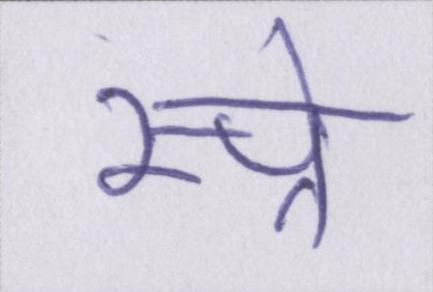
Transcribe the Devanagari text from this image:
स्प्रे